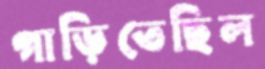
গাড়িতেছিল